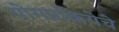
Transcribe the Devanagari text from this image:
योगप्रक्रियेचे